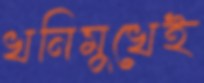
খনিমুখেই